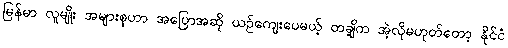
မြန်မာ လူမျိုး အများစုဟာ အပြောအဆို ယဉ်ကျေးပေမယ့် တချို့က အဲ့လိုမဟုတ်တော့ နိုင်ငံ